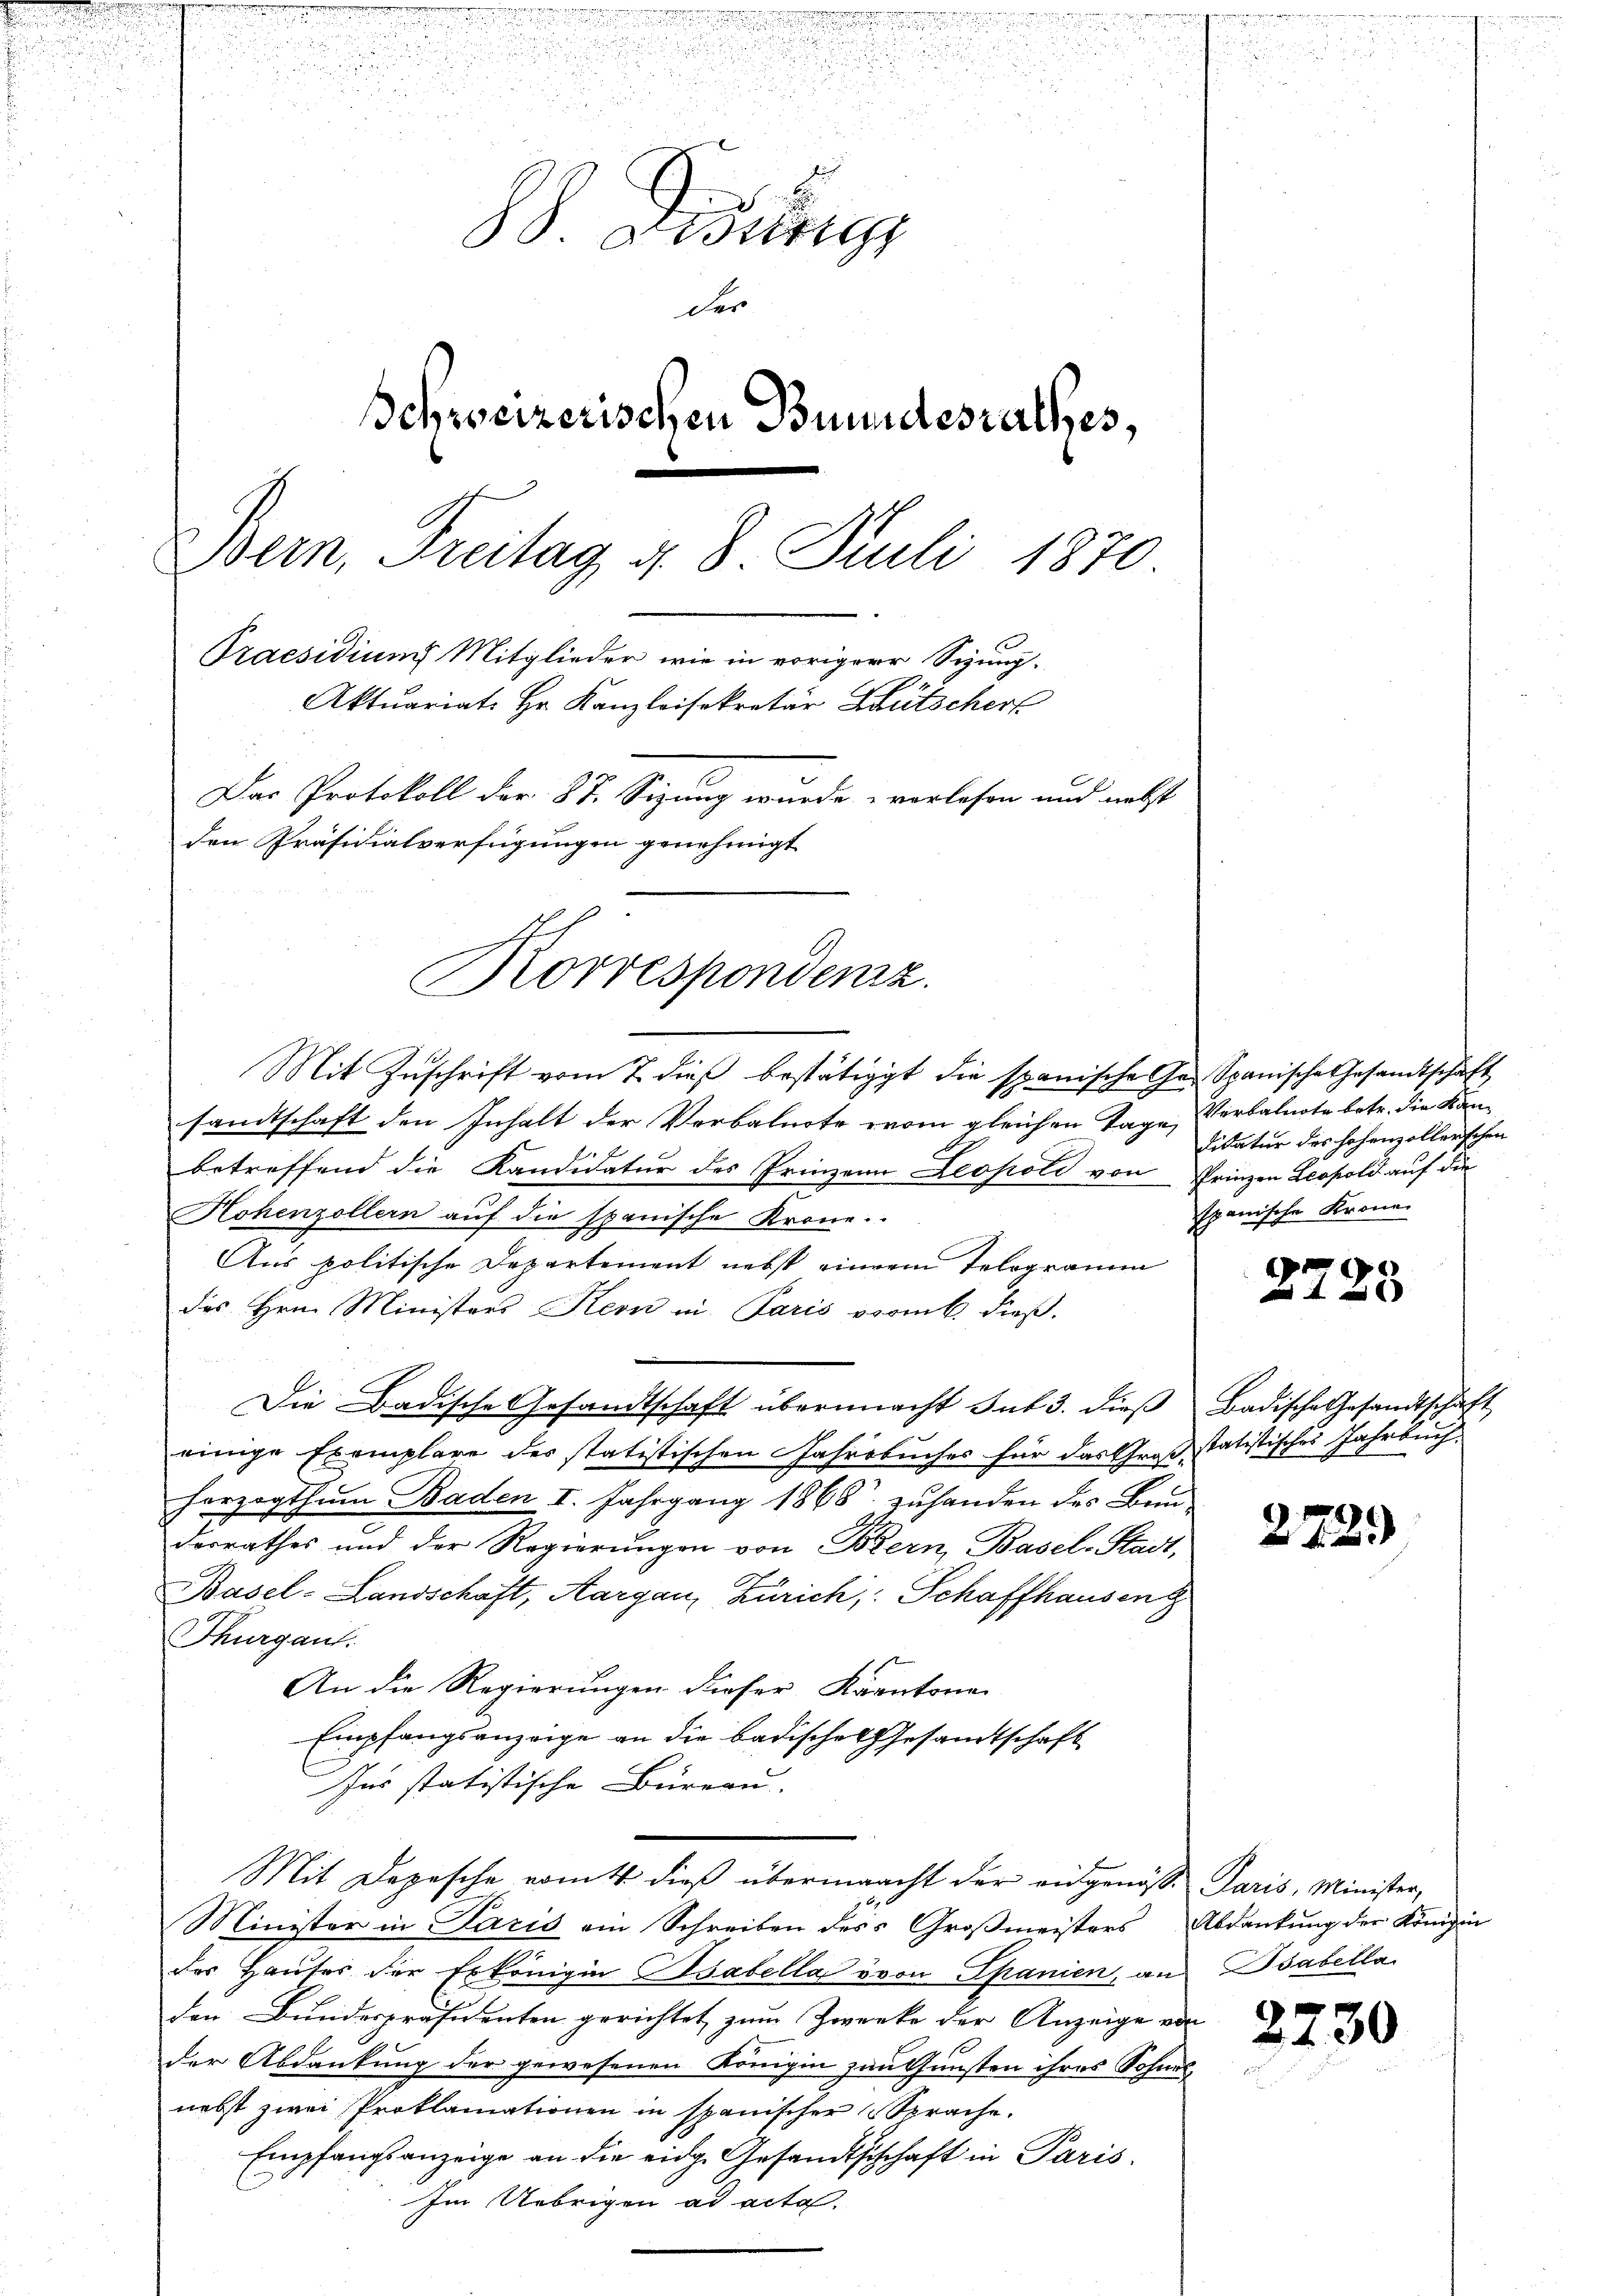
2

e
88. Bestrig
der
Schweizerischen Bundesrathes,
Bern. Freitag 4. 8. Juli 1870
Praesidium Mitglieder wie in voriger Sizung.
Aktuariat Hr. Kanzleisekretär Bütscher
Das Protokoll der 87. Sizung wurde vorlesen und nechst
den Präsidialverfügungen genehmigt

Korrespondenz.

Mit Zuschrift vom 7. dieß bestätigt die spanische Ges Spanische Gesandtschäft
sandtschaft den Inhalt der Verbalnote vom gleichen Tage, Verbalnote betr. die Kanbetreffend die Kandidatur des Prinzen Leopold von Prinzen Leopold auf die
Hohenzollern auf die spanische Krone.
Aus politische Departement nebst einem Telegramm
des Hrn. Ministers Kern in Paris promb. dieß.
E
Die Badische Gesandtschaft übermacht sub 3. dieβ Badische Gesandtschaft
einige Exemplare des statistischen Jahrbuches für das Großstatistisches Jahrbuch
horzogthum Baden I. Jahrgang 1868 zuhanden des Bendorrathes und der Regierungen von Bern, Basel-Stadt,
Basel-Landschaft, Aargau, Zürich, Schaffhausent
Thurgau.
An die Regierungen dieser Kantone
Empfangsanzeige an die badisches Gesandtschaft
Ins statistische Büreau-
Mit Depesche womitt dieß übermacht der eidgenöss. Paris, Minister,
Minister in Paris ein Schreiben des Großmeisters Abdankung der Königin
des Haŭses der Erkönigin Csabella von Spanien, an sabella
den Bundespräsidenten gerichtet zum Zwecke der Anzeige von
der Abdankung der gewesenen Königin zu Gunsten ihres Sohnes,
nebst zwei Proklamationen in spanischer Sprache.
Empfangsanzeige an die eidg. Gesandtschchaft in Paris
Im Uebrigen ad acta.

didatur des hohenzollerschen
spanische Krone

.

272.

.

.
123

30